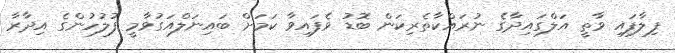
ފިލާފައި ވާތީ އަލްގައިދާގެ ނުރައްކާތެރިކަން ބޮޑު ވެފައިވާ ކަމަށް ބައިނަލްއަގުވާމީ ފުލުހުންގެ އިދާރާ